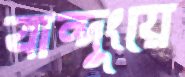
বান্দুংয়ে